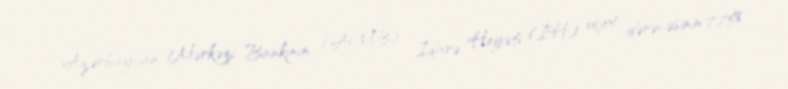
Azərbaycan Mərkəzi Bankının (AMB) İdarə Heyəti (İH) uçot dərəcəsinin 7,75%